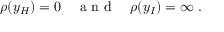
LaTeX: \rho ( y _ { H } ) = 0 \quad \textrm { a n d } \quad \rho ( y _ { I } ) = \infty \; .